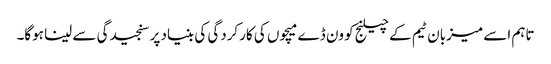
تاہم اسے میزبان ٹیم کے چیلنج کو ون ڈے میچوں کی کارکردگی کی بنیاد پر سنجیدگی سے لینا ہوگا۔